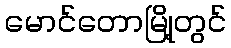
မောင်တောမြို့တွင်